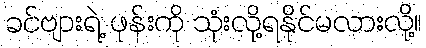
ခင်ဗျားရဲ့ ဖုန်းကို သုံးလို့ရနိုင်မလားလို့။